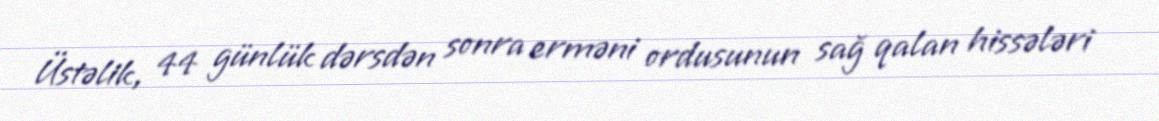
Üstəlik, 44 günlük dərsdən sonra erməni ordusunun sağ qalan hissələri